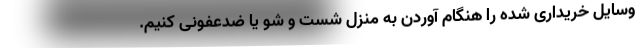
وسایل خریداری شده را هنگام آوردن به منزل شست و شو یا ضدعفونی کنیم.